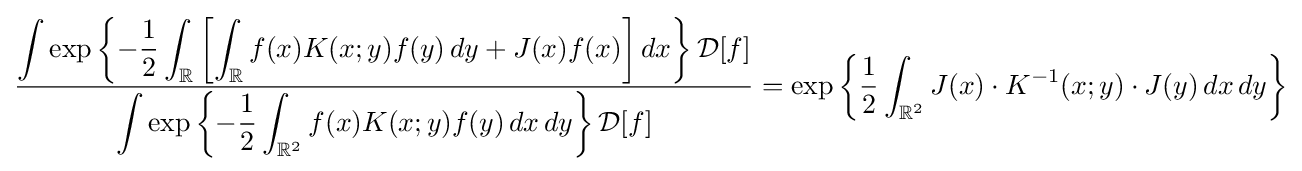
{\frac {\displaystyle \int \exp \left\lbrace -{\frac {1}{2}}\int _{\mathbb {R} }\left[\int _{\mathbb {R} }f(x)K(x;y)f(y)\,dy+J(x)f(x)\right]dx\right\rbrace {\mathcal {D}}[f]}{\displaystyle \int \exp \left\lbrace -{\frac {1}{2}}\int _{\mathbb {R} ^{2}}f(x)K(x;y)f(y)\,dx\,dy\right\rbrace {\mathcal {D}}[f]}}=\exp \left\lbrace {\frac {1}{2}}\int _{\mathbb {R} ^{2}}J(x)\cdot K^{-1}(x;y)\cdot J(y)\,dx\,dy\right\rbrace